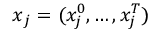
\boldsymbol { x } _ { j } = ( x _ { j } ^ { 0 } , \dots , x _ { j } ^ { T } )